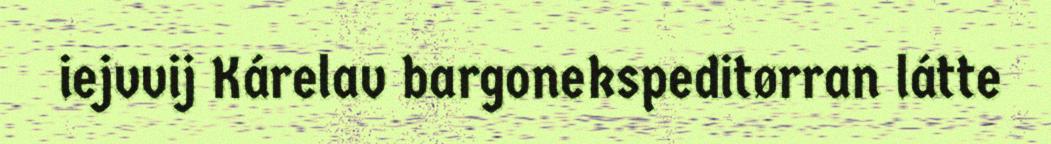
iejvvij Kárelav bargonekspeditørran látte